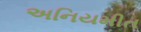
અનિયમીત